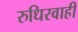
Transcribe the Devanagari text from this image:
रुधिरवाही